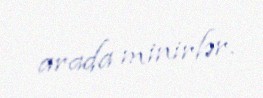
arada minirlər.